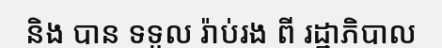
និង បាន ទទួល រ៉ាប់រង ពី រដ្ឋាភិបាល